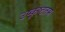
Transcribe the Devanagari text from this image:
उष्कृष्टतम